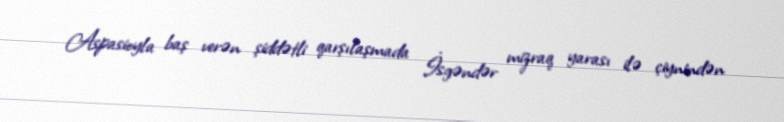
Aspasioyla baş verən şiddətli qarşılaşmada İsgəndər mizraq yarası ilə çiynindən